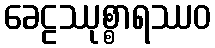
ခေဠဿုစ္စာရဿဝ